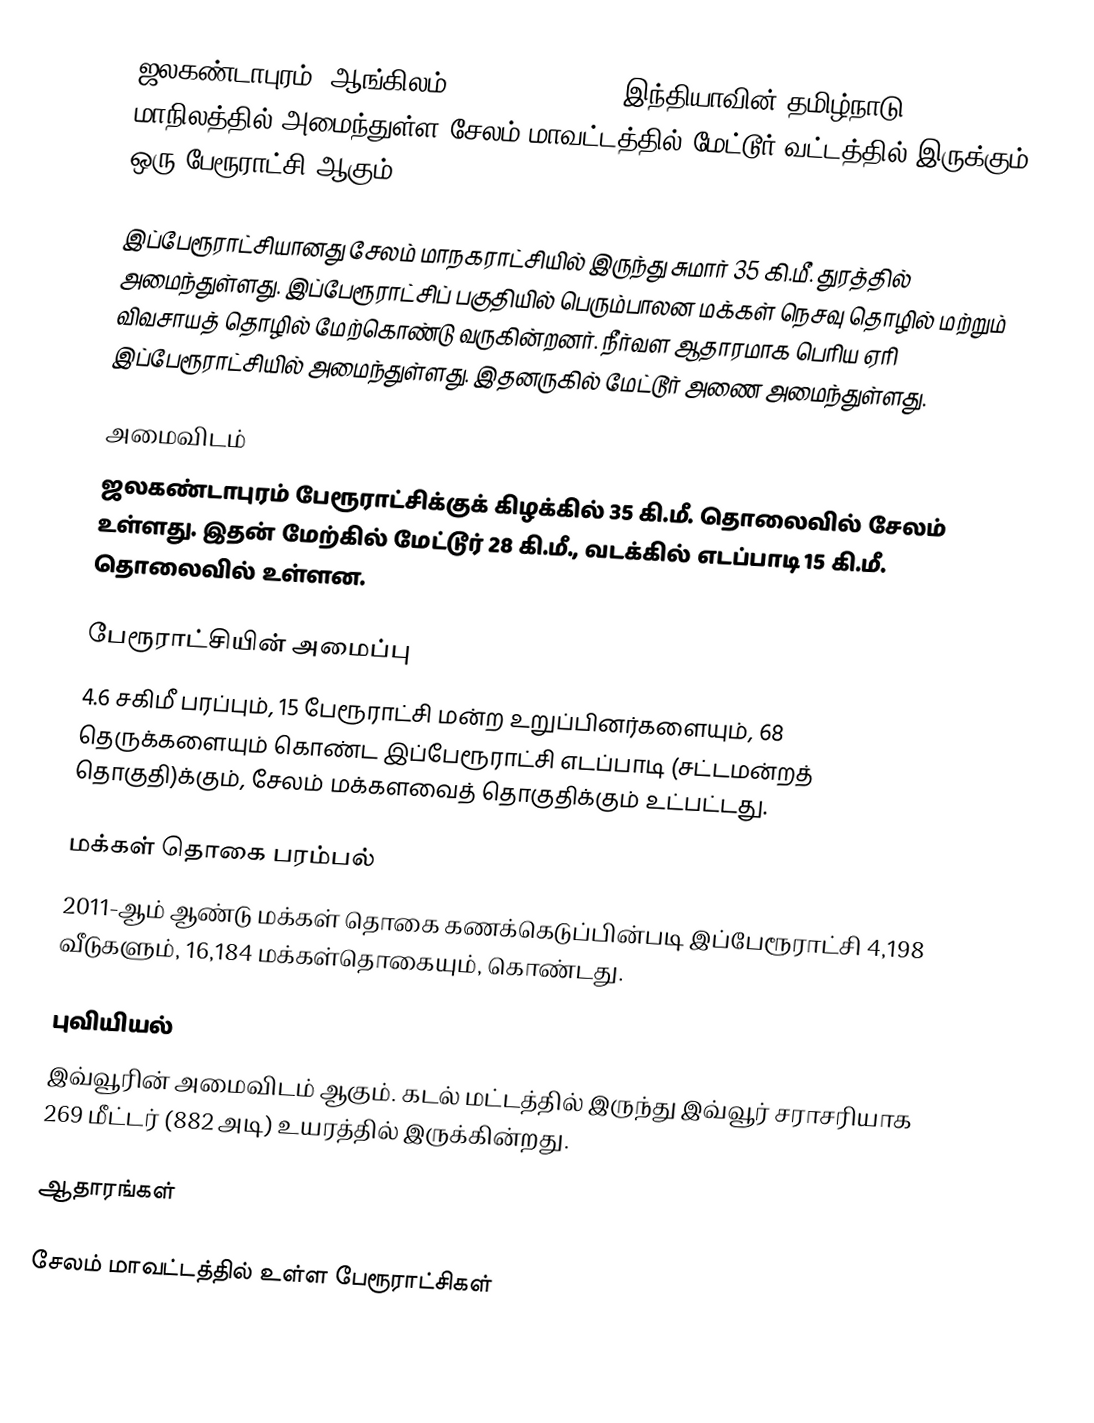
ஜலகண்டாபுரம் (ஆங்கிலம்:Jalakandapuram), இந்தியாவின் தமிழ்நாடு மாநிலத்தில் அமைந்துள்ள சேலம் மாவட்டத்தில் மேட்டூர் வட்டத்தில் இருக்கும் ஒரு பேரூராட்சி ஆகும்.

இப்பேரூராட்சியானது சேலம் மாநகராட்சியில் இருந்து சுமார் 35 கி.மீ. துரத்தில் அமைந்துள்ளது. இப்பேரூராட்சிப் பகுதியில் பெரும்பாலன மக்கள் நெசவு தொழில் மற்றும் விவசாயத் தொழில் மேற்கொண்டு வருகின்றனர். நீர்வள ஆதாரமாக பெரிய ஏரி இப்பேரூராட்சியில் அமைந்துள்ளது. இதனருகில் மேட்டூர் அணை அமைந்துள்ளது.

அமைவிடம்
ஜலகண்டாபுரம் பேரூராட்சிக்குக் கிழக்கில் 35 கி.மீ. தொலைவில் சேலம் உள்ளது. இதன் மேற்கில் மேட்டூர் 28 கி.மீ., வடக்கில் எடப்பாடி 15 கி.மீ. தொலைவில் உள்ளன.

பேரூராட்சியின் அமைப்பு
4.6 சகிமீ பரப்பும், 15  பேரூராட்சி மன்ற உறுப்பினர்களையும், 68 தெருக்களையும் கொண்ட இப்பேரூராட்சி எடப்பாடி (சட்டமன்றத் தொகுதி)க்கும், சேலம் மக்களவைத் தொகுதிக்கும் உட்பட்டது.

மக்கள் தொகை பரம்பல்
2011-ஆம் ஆண்டு மக்கள் தொகை கணக்கெடுப்பின்படி  இப்பேரூராட்சி  4,198   வீடுகளும், 16,184 மக்கள்தொகையும், கொண்டது.

புவியியல்
இவ்வூரின் அமைவிடம்  ஆகும். கடல் மட்டத்தில் இருந்து இவ்வூர் சராசரியாக 269 மீட்டர் (882 அடி) உயரத்தில் இருக்கின்றது.

ஆதாரங்கள்

சேலம் மாவட்டத்தில் உள்ள பேரூராட்சிகள்